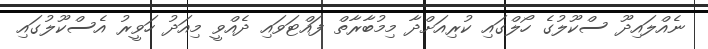
ނެއްލައިދޫ ސްކޫލުގެ ހޯލްގައި ކުރިއަށްދާ މިމުބާރާތް ފައްޓަވައި ދެއްވީ މިއަދު ހަވީރު އެސްކޫލުގައި